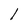
Character: l